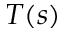
T ( s )